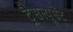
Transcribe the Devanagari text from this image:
ट्रैसल्यूसेंट